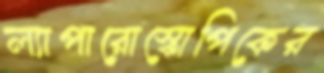
ল্যাপারোস্কোপিকের